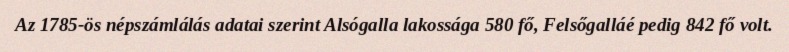
Az 1785-ös népszámlálás adatai szerint Alsógalla lakossága 580 fő, Felsőgalláé pedig 842 fő volt.